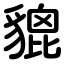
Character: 貔